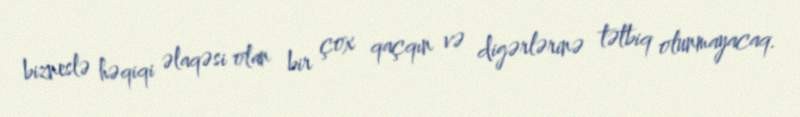
bizneslə həqiqi əlaqəsi olan bir çox qaçqın və digərlərinə tətbiq olunmayacaq.